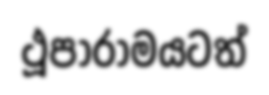
ථූපාරාමයටත්